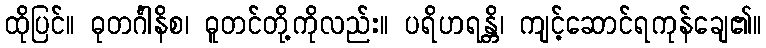
ထိုပြင်။ ဓုတင်္ဂါနိစ၊ ဓူတင်တို့ကိုလည်း။ ပရိဟရန္တိ၊ ကျင့်ဆောင်ရကုန်ချေ၏။